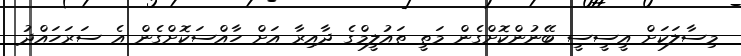
މިސާލަކަށް އީސީސީ ބޭނުންކޮށްގެން މަތީ ތައުލީމްގެ ދާއިރާ އަށް ހާއްސަކޮށްގެން އެ ސަރަހައްދު